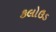
કલોઉડ